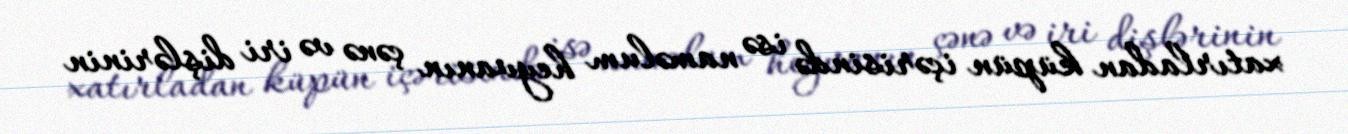
xatırladan küpün içərisində isə naməlum heyvanın çənə və iri dişlərinin